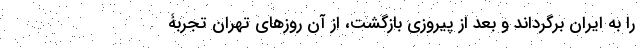
را به ایران برگرداند و بعد از پیروزی بازگشت، از آن روزهای تهران تجربۀ